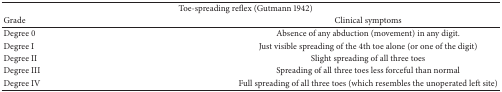
<table><thead><tr><td colspan="2"><b> Toe-spreading reflex (Gutmann 1942)</b></td></tr><tr><td><b>Grade</b></td><td><b>Clinical symptoms</b></td></tr></thead><tbody><tr><td>Degree 0</td><td>Absence of any abduction (movement) in any digit.</td></tr><tr><td>Degree I</td><td>Just visible spreading of the 4th toe alone (or one of the digit)</td></tr><tr><td>Degree II</td><td>Slight spreading of all three toes</td></tr><tr><td>Degree III</td><td>Spreading of all three toes less forceful than normal</td></tr><tr><td>Degree IV</td><td>Full spreading of all three toes (which resembles the unoperated left site)</td></tr></tbody></table>